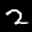
Label: 2